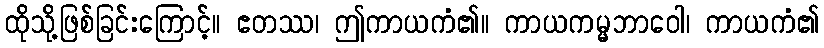
ထိုသို့ဖြစ်ခြင်းကြောင့်။ ဧတဿ၊ ဤကာယကံ၏။ ကာယကမ္မဘာဝေါ၊ ကာယကံ၏